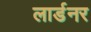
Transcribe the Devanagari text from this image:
लार्डनर